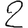
Digit: 2